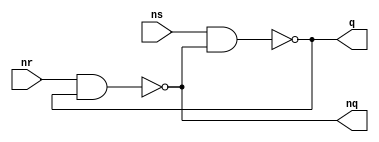
module Latch(
  input ns,
  input nr,
  output q,
  output nq
);

assign q = ~(ns && nq);
assign nq = ~(nr && q);

endmodule